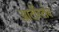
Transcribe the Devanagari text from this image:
आर्टीस्टोव